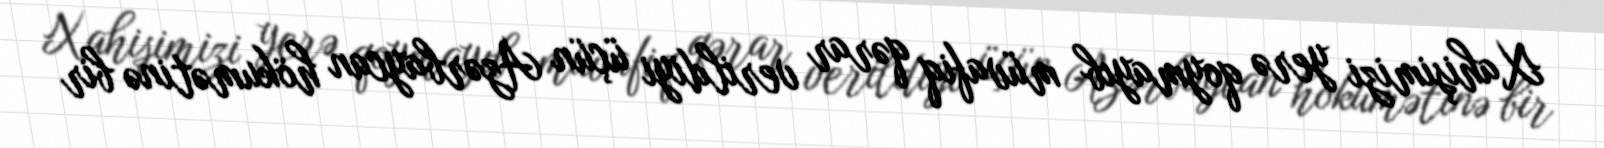
Xahişimizi yerə qoymayıb müvafiq qərar verildiyi üçün Azərbaycan hökumətinə bir